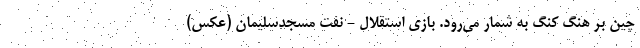
چین بر هنگ کنگ به شمار می‌رود. بازی استقلال - نفت مسجدسلیمان (عکس)